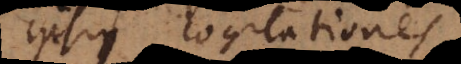
ipsius cogitatio